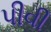
પીવી